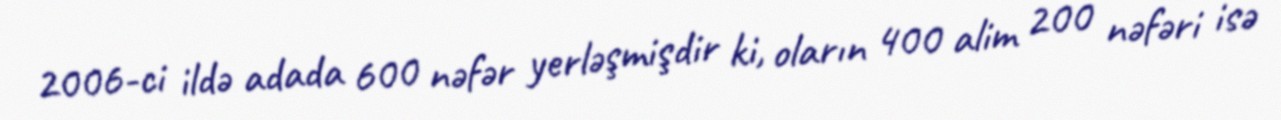
2006-ci ildə adada 600 nəfər yerləşmişdir ki, oların 400 alim 200 nəfəri isə